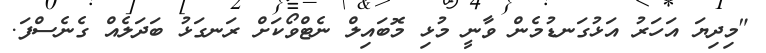
"މިދިޔަ އަހަރު އަޅުގަނޑުމެން ވާނީ މުޅި މޮބައިލް ނެޓްވޯކަށް ރަނގަޅު ބަދަލެއް ގެނެސްފަ.